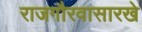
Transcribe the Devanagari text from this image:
राजगौरवासारखे